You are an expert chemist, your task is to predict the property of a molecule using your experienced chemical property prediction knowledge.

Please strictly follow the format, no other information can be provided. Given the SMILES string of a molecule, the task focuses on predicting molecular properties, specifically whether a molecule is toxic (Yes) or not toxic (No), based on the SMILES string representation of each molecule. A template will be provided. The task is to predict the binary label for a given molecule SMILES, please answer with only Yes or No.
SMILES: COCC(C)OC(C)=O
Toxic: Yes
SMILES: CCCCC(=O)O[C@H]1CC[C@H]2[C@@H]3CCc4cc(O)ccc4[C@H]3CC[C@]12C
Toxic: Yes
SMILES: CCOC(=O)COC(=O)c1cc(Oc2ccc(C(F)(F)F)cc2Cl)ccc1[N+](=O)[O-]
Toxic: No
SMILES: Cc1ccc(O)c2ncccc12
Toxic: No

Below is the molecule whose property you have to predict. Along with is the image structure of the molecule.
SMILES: CN(C)CCCCl
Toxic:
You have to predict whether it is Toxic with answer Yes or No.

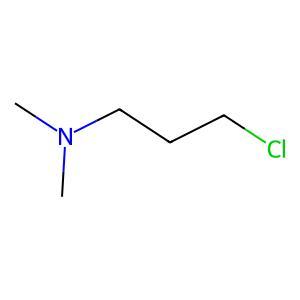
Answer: No